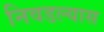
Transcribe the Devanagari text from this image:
निवडल्यास